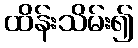
ထိန်းသိမ်း၍